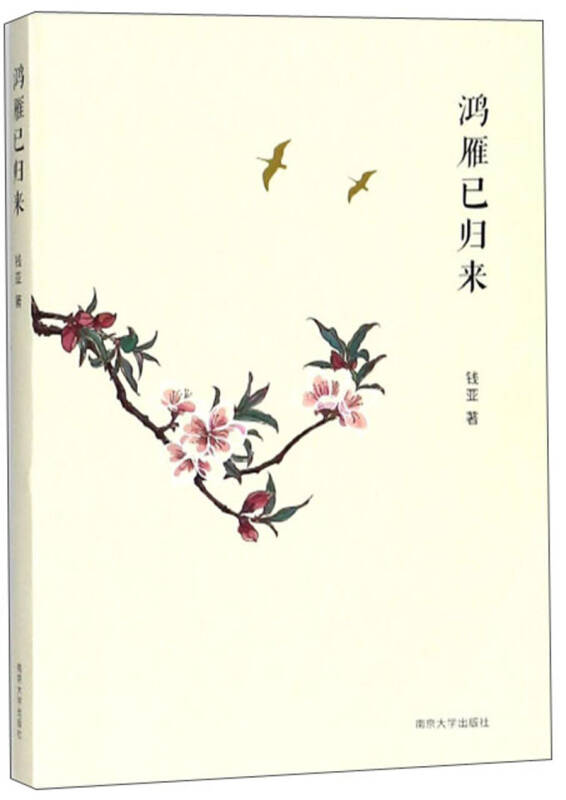
上林消息好，鸿雁已归来。